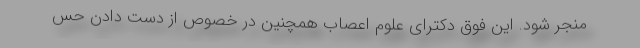
منجر شود. این فوق دکترای علوم اعصاب همچنین در خصوص از دست دادن حس